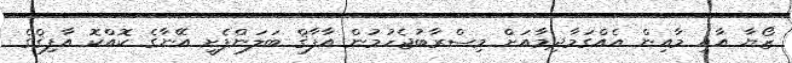
ޒޯޔާ އާއި މާއިން އެއްގަމާދިމާއަށް މިސްރާބުޖެހުމުން އާފާޤް ބަލަންފެށީ އޭނާގެ ކޮއްކޮ އާފިޤްގެ